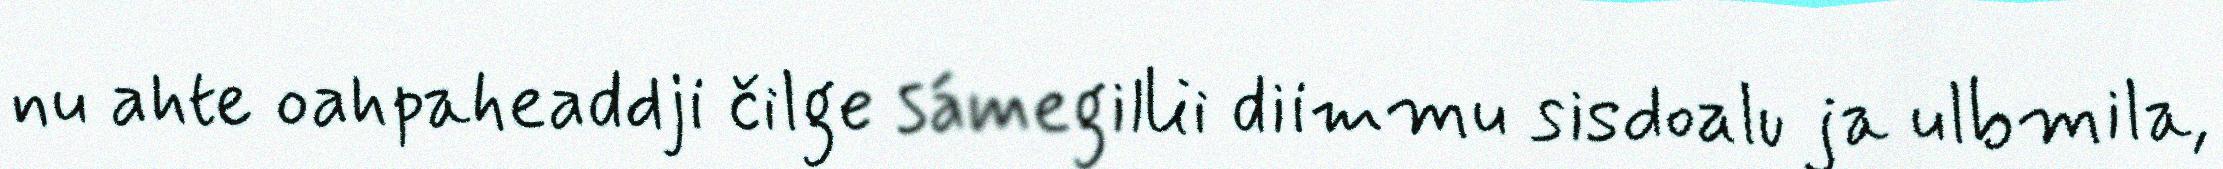
nu ahte oahpaheaddji čilge sámegillii diimmu sisdoalu ja ulbmila,